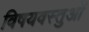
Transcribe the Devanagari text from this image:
विषयवस्‍तुओं